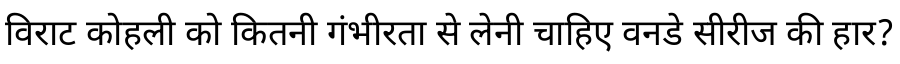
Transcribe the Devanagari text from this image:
विराट कोहली को कितनी गंभीरता से लेनी चाहिए वनडे सीरीज की हार?